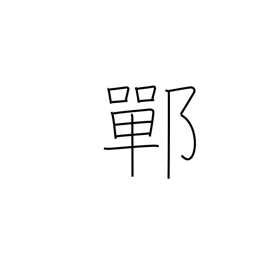
Meaning: place name